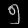
Digit: ၅